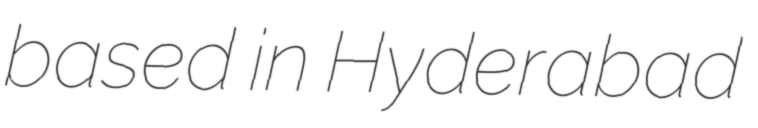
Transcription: based in Hyderabad